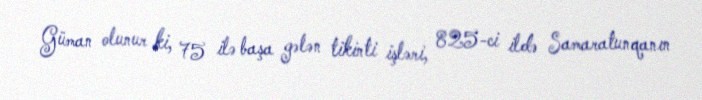
Güman olunur ki, 75 ilə başa gələn tikinti işləri, 825-ci ildə Samaratunqanın